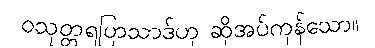
ဝသုတ္တရပြာသာဒ်ဟု ဆိုအပ်ကုန်သော။